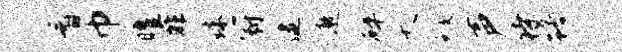
看巾曜非珠冠逮遨碎夭瑕声待躇